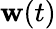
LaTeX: \mathbf{w}(t)